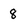
Character: 8